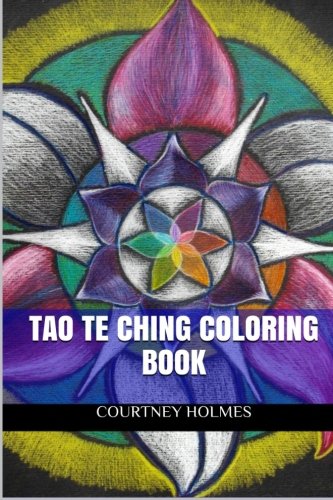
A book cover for Tao Te Ching Coloring Book: Meditation and Mindfullness Adult Coloring Book; Courtney Holmes; Religion & Spirituality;